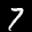
Label: 7